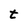
Character: t